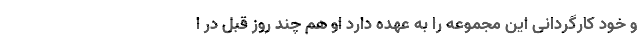
و خود کارگردانی این مجموعه را به عهده دارد او هم چند روز قبل در ا